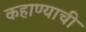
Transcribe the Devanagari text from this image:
कहाण्याची